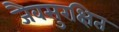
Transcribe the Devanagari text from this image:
जैवसुरक्षित